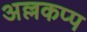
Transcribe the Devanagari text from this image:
अल्लकप्प